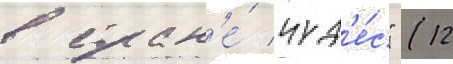
в стран'е́ чуд'е́с" (12